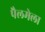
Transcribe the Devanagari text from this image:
पैलमेला